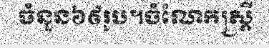
ចំនួន៦៩រូប។ចំណែកស្ត្រី